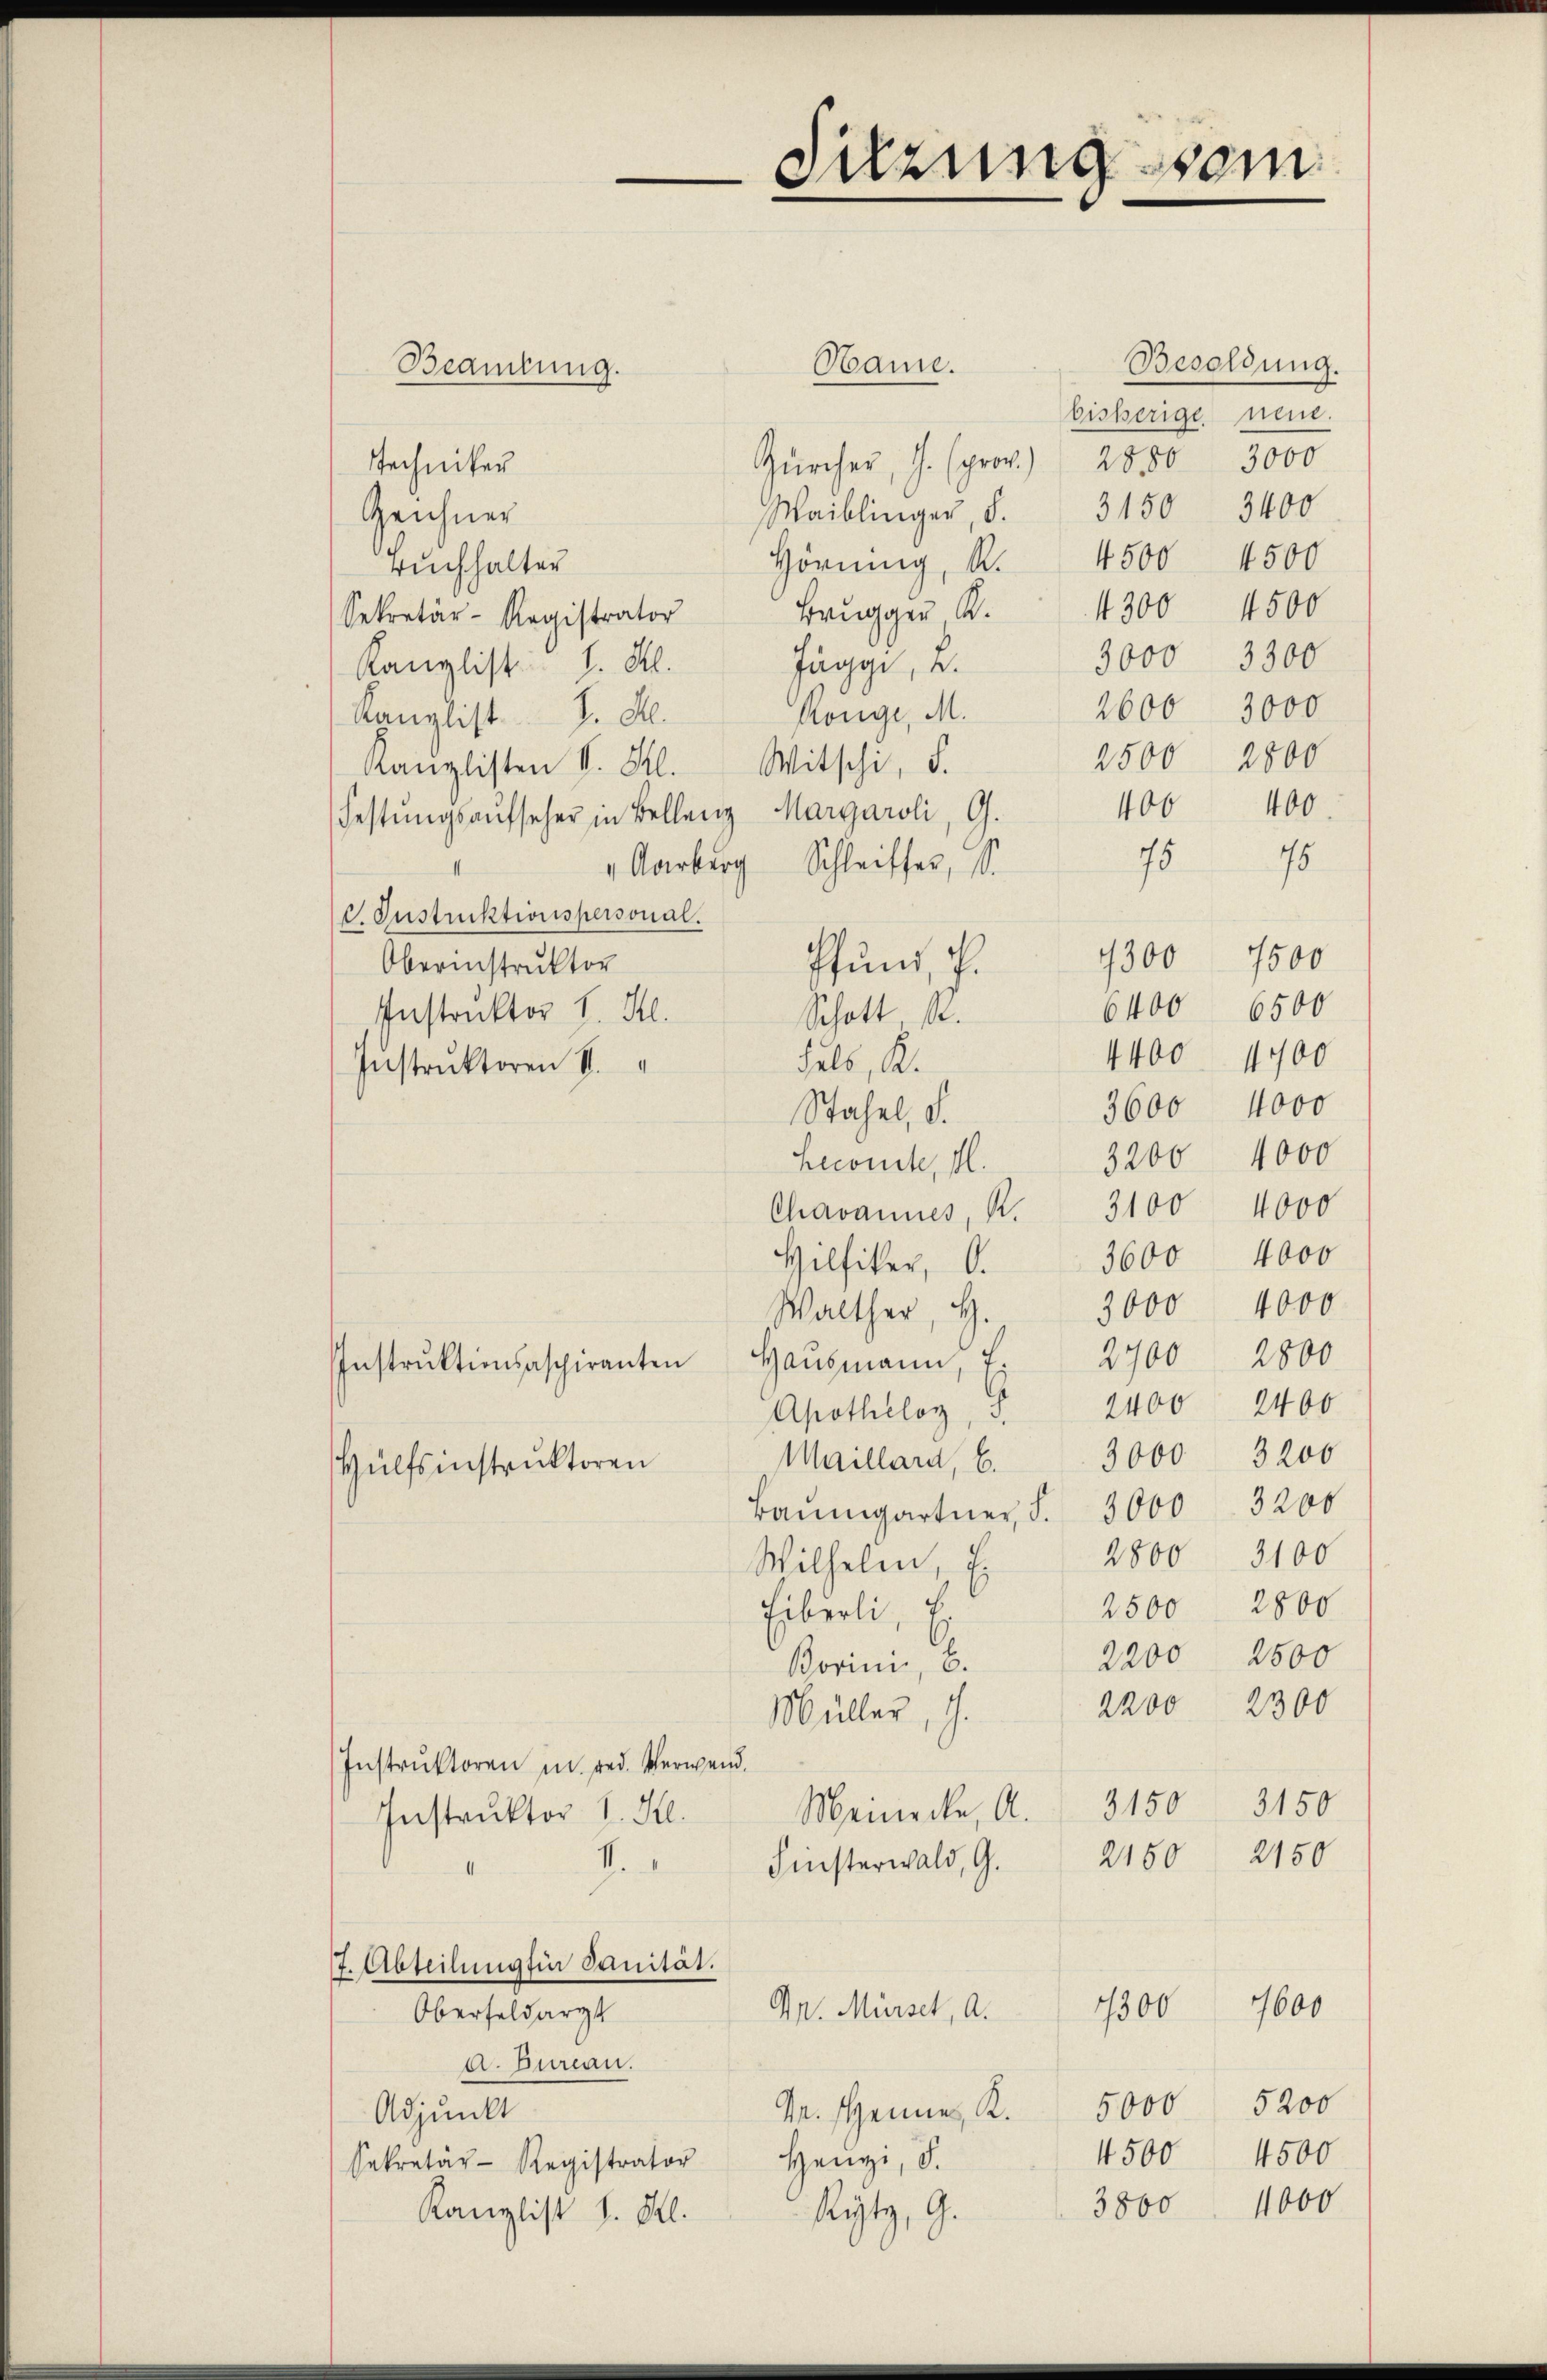
Besoldung.
Mame.
bisherige neue.
Zürcher, J. (prov. 2850 3000
Stechniker
3150 3400
Maiblinger, d.
Zeichner
Hörning, R. 4500 4500
ruchhalter
4500
4300
Brugger K.
Sekretär-Registrator
3300
3000
Jäggi, 2.
Kanglist. I. Al.
2606 3000
Ronge, M.
Kanzlist. J. M.
2500 2800
Kanzlisten V. S. Witschi, d.
400.
400
Festungsaufseher in Bellenz Margaroli, G.
7548
". Aarburg Schleisser, S.
C. Justinktionspersonal.
4300 1500
Pfund, d.
Oberinstruktor
6500
6400
Instruktor H. Hl.
Schott, s.
4400
4700
Felb, K.
Instruktoren II.
3600 4000
Stahel, d.
3206 4000
Leconste, M.
4000
3100
Chavannes, R.
3600 4000
Hilfiker, O.
3000 4000
Walther, H.
Hausmann, 7. 2700 2800
Instrŭktionsaspiranten
2400
2400
Apothelos, d.
Maillard, 6. 3000 3200
Hülfsinstruktoren
Baumgartner, S. 3000. 3200
2800 3100
Wilhelm, E.
2500 2800
Eiberli, E
2500
2200
Borini, B.
2200 2300
Müller, J.
Instruktoren in red. Verwand¬
Meinecke, A. 3150 3150
Instruktor 1. Kl.
2160 2150
.
Finsterwald, G.
7. Abteilung für Sanität.
7600
7300
Dr. Mürsel, a.
Oberfeldarzt
a. Bureau.
r. eines K. 5000 5200
Adjunkt
4500
4500
Henz, d.
Sekretär-Registrator
3800. 1000
Rytz, 9.
Kanzlist I. Kl.

Beamtung.

Sitzung vom